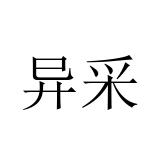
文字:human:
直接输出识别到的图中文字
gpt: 异采